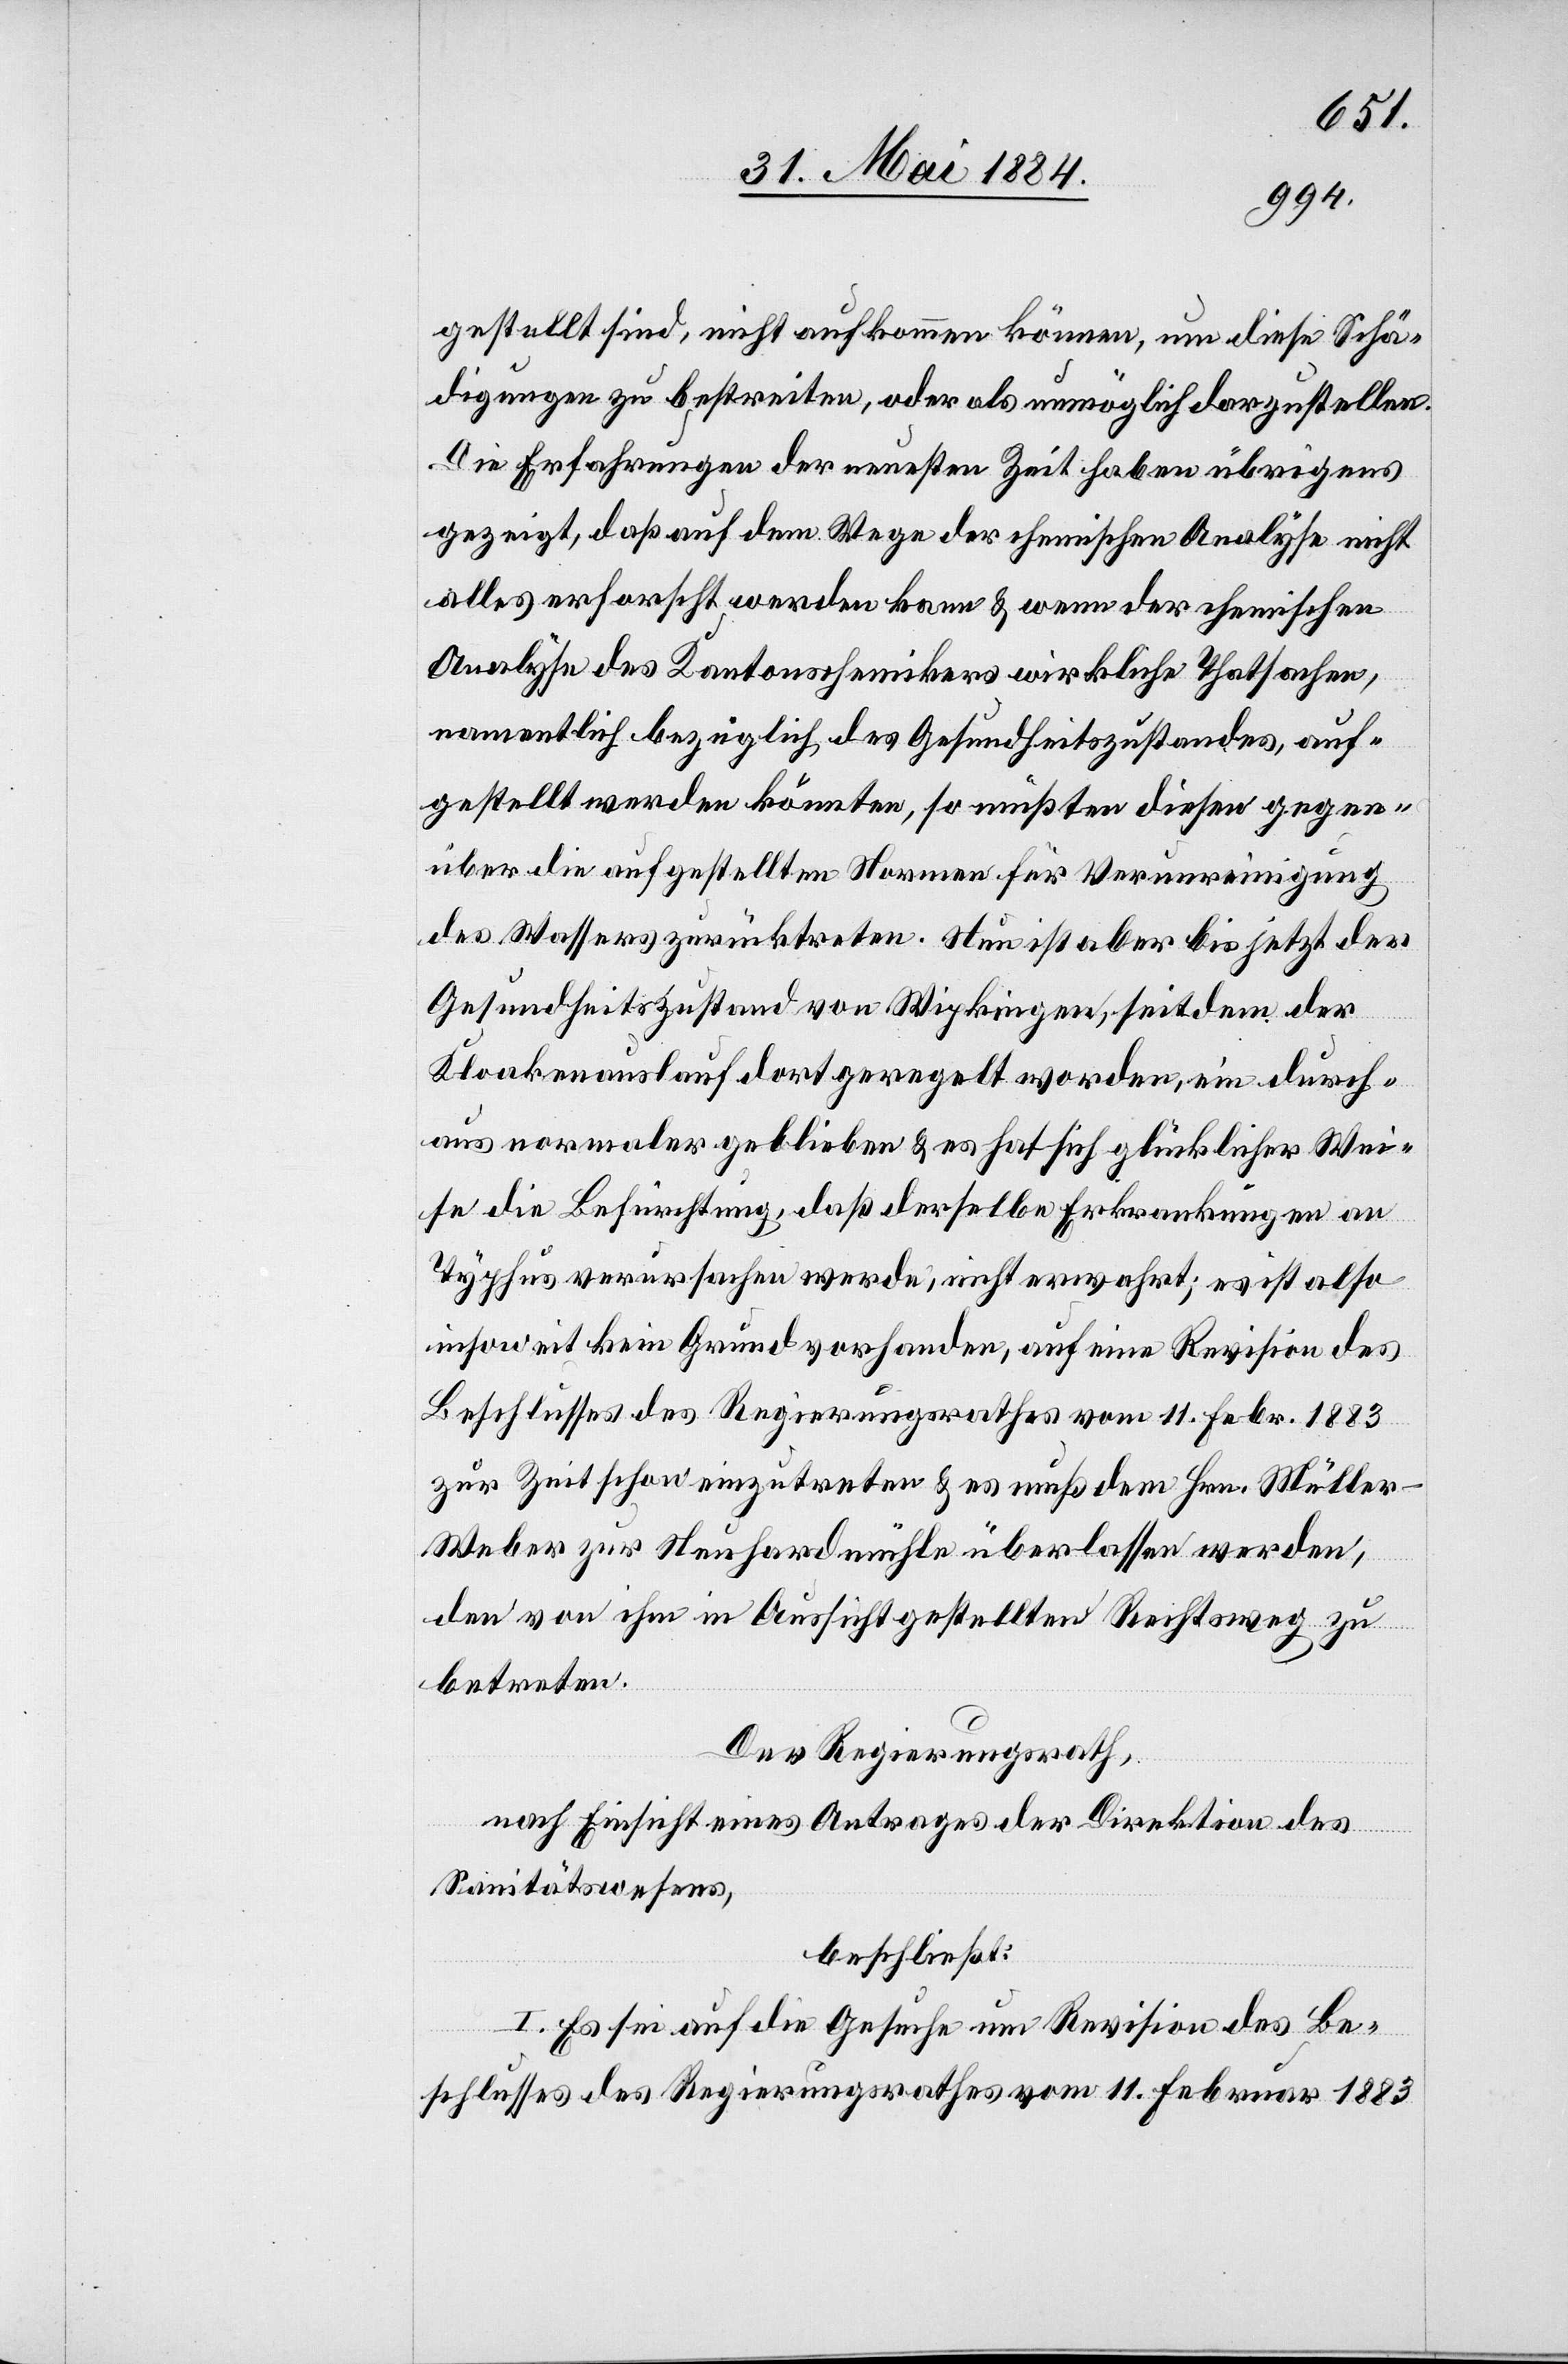
gestellt sind, nicht aufkommen können, um diese Schä¬
digungen zu bestreiten, oder als unmöglich darzustellen.
Die Erfahrungen der neuesten Zeit haben übrigens
gezeigt, daß auf dem Wege der chemischen Analyse nicht
alles erforscht werden kann & wenn der chemischen
Analyse des Kantonschemikers wirkliche Thatsachen,
namentlich bezüglich des Gesundheitszustandes, auf¬
gestellt werden könnten, so müßten diesen gegen¬
über die aufgestellten Normen für Verunreinigung
des Wassers zurücktreten. Nun ist aber bis jetzt der
Gesundheitszustand von Wipkingen seitdem der
Kloakenauslauf dort geregelt worden, ein durch¬
aus normaler geblieben & es hat sich glücklicher Wei¬
se die Befürchtung, daß derselbe Erkrankungen an
Typhus verursachen werde, nicht erwahrt; es ist also
insoweit kein Grund vorhanden, auf eine Revision des
Beschlusses des Regierungsrathes vom 11. Febr. 1883
zur Zeit schon einzutreten & es muß dem Hrn. Müller-W¬
eber zur Neuhardmühle überlassen werden,
den von ihm in Aussicht gestellten Rechtsweg zu
betreten.
Der Regierungsrath,
nach Einsicht eines Antrages der Direktion des
Sanitätswesens,
beschließt:
I. Es sei auf die Gesuche um Revision des Be¬
schlusses des Regierungsrathes vom 11. Februar 1883